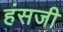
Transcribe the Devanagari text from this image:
हंसजी